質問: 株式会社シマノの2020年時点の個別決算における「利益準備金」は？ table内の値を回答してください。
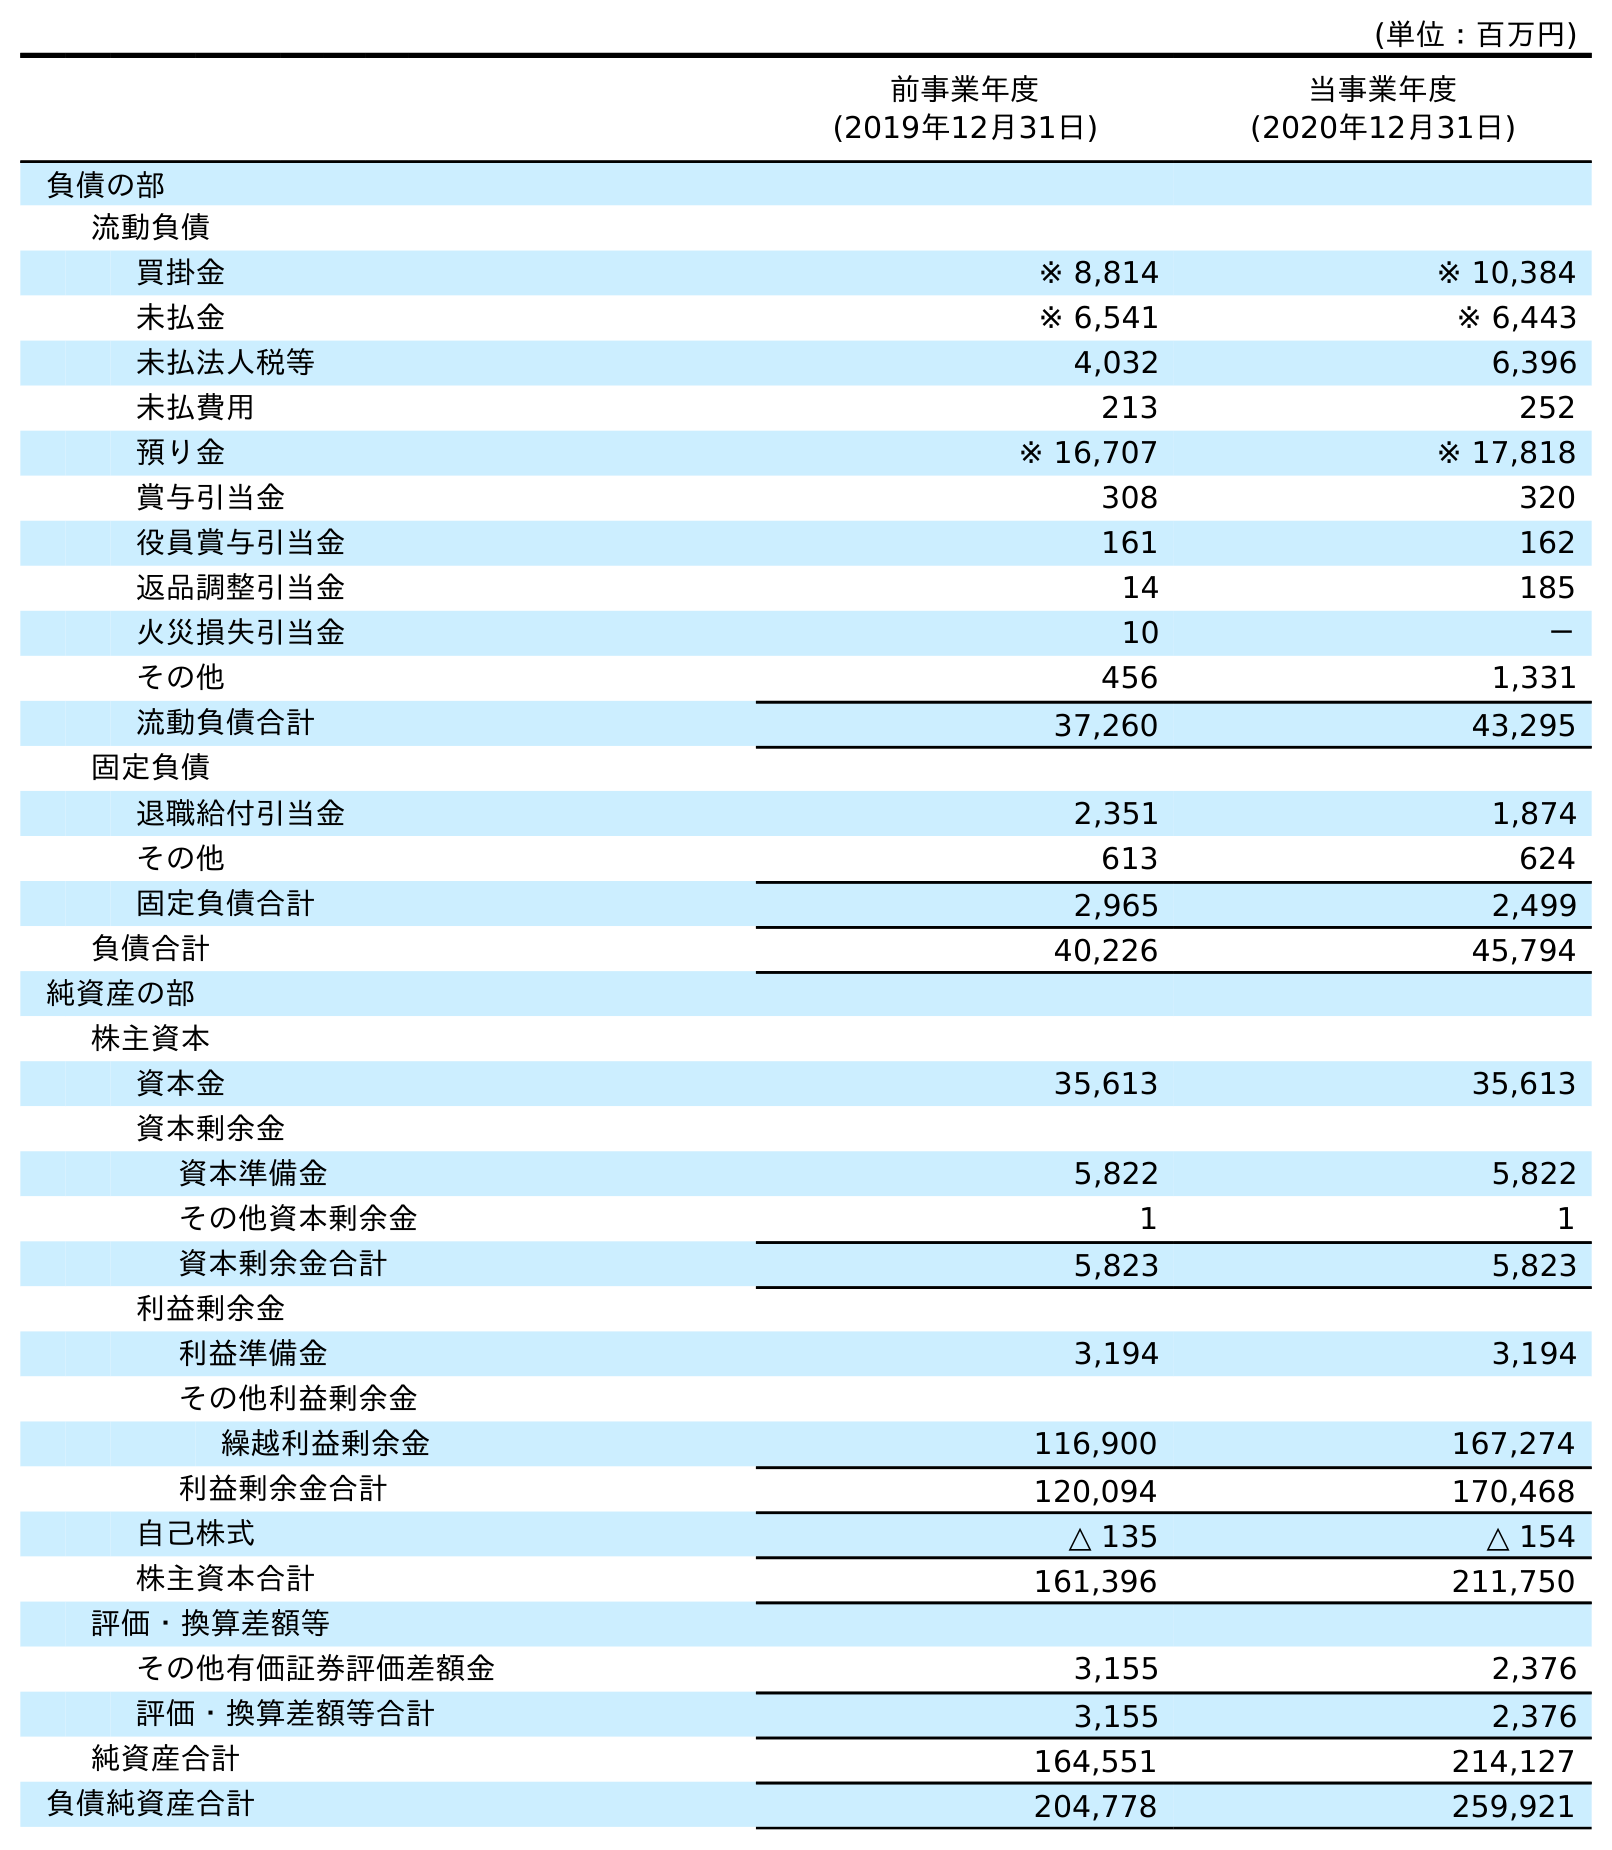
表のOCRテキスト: (単位：百万円) 前事業年度 (2019年12月31日) 当事業年度 (2020年12月31日) 負債の部 流動負債 買掛金 ※ 8,814 ※ 10,384 未払金 ※ 6,541 ※ 6,443 未払法人税等 4,032 6,396 未払費用 213 252 預り金 ※ 16,707 ※ 17,818 賞与引当金 308 320 役員賞与引当金 161 162 返品調整引当金 14 185 火災損失引当金 10 － その他 456 1,331 流動負債合計 37,260 43,295 固定負債 退職給付引当金 2,351 1,874 その他 613 624 固定負債合計 2,965 2,499 負債合計 40,226 45,794 純資産の部 株主資本 資本金 35,613 35,613 資本剰余金 資本準備金 5,822 5,822 その他資本剰余金 1 1 資本剰余金合計 5,823 5,823 利益剰余金 利益準備金 3,194 3,194 その他利益剰余金 繰越利益剰余金 116,900 167,274 利益剰余金合計 120,094 170,468 自己株式 △ 135 △ 154 株主資本合計 161,396 211,750 評価・換算差額等 その他有価証券評価差額金 3,155 2,376 評価・換算差額等合計 3,155 2,376 純資産合計 164,551 214,127 負債純資産合計 204,778 259,921
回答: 3,194